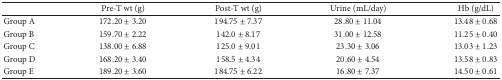
|  | Pre-T wt (g) | Post-T wt (g) | Urine (mL/day) | Hb (g/dL) |
 | --- | --- | --- | --- | --- |
 | Group A | 172.20 ± 3.20 | 194.75 ± 7.37 | 28.80 ± 11.04 | 13.48 ± 0.68 |
 | Group B | 159.70 ± 2.22 | 142.0 ± 8.17 | 31.00 ± 12.58 | 11.25 ± 0.40 |
 | Group C | 138.00 ± 6.88 | 125.0 ± 9.01 | 23.30 ± 3.06 | 13.03 ± 1.23 |
 | Group D | 168.20 ± 3.40 | 158.5 ± 4.34 | 20.60 ± 4.54 | 13.58 ± 0.83 |
 | Group E | 189.20 ± 3.60 | 184.75 ± 6.22 | 16.80 ± 7.37 | 14.50 ± 0.61 |